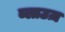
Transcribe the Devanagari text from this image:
ब्लाउज़